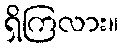
ရှိကြလား။